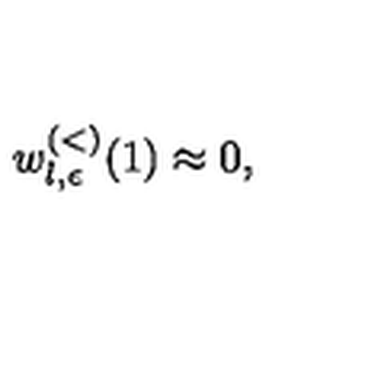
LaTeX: w _ { l , \epsilon } ^ { ( < ) } ( 1 ) \approx 0 ,